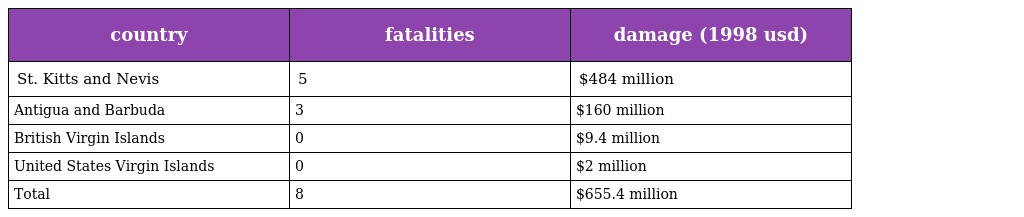
| country | fatalities | damage (1998 usd) |
 | --- | --- | --- |
 | St. Kitts and Nevis | 5 | $484 million |
 | Antigua and Barbuda | 3 | $160 million |
 | British Virgin Islands | 0 | $9.4 million |
 | United States Virgin Islands | 0 | $2 million |
 | Total | 8 | $655.4 million |